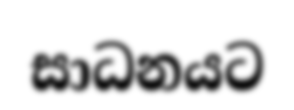
සාධනයට